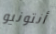
أنتونيو